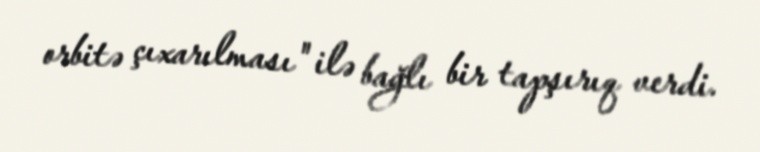
orbitə çıxarılması" ilə bağlı bir tapşırıq verdi.